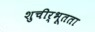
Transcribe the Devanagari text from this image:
शुचीर्भूतता